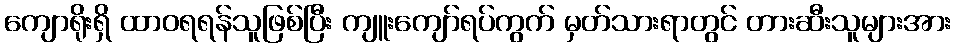
ကျောရိုးရှိ ထာဝရရန်သူဖြစ်ပြီး ကျူးကျော်ရပ်ကွက် မှတ်သားရာတွင် တားဆီးသူများအား